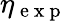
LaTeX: \eta_{\mathrm{~e~x~p~}}